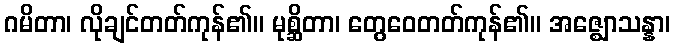
ဂမိတာ၊ လိုချင်တတ်ကုန်၏။ မုစ္ဆိတာ၊ တွေဝေတတ်ကုန်၏။ အဇ္ဈောသန္နာ၊